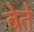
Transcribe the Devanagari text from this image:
बेते